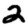
Digit: 2